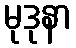
မုဒုနာ